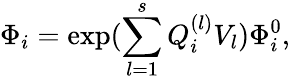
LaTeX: \Phi_{i}=\exp(\sum_{l=1}^{s}Q_{i}^{(l)}V_{l})\Phi_{i}^{0},